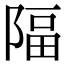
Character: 𨺤